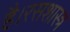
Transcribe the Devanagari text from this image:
है।रसशास्त्र